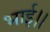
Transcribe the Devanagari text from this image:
भाई।।